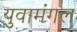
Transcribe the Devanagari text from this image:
युवामंगल